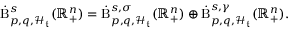
\begin{array} { r } { \dot { \mathrm { B } } _ { p , q , \mathcal { H } _ { \mathfrak { t } } } ^ { s } ( \mathbb { R } _ { + } ^ { n } ) = \dot { \mathrm { B } } _ { p , q , \mathcal { H } _ { \mathfrak { t } } } ^ { s , \sigma } ( \mathbb { R } _ { + } ^ { n } ) \oplus \dot { \mathrm { B } } _ { p , q , \mathcal { H } _ { \mathfrak { t } } } ^ { s , \gamma } ( \mathbb { R } _ { + } ^ { n } ) \mathrm { . ~ } } \end{array}